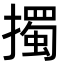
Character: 擉